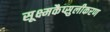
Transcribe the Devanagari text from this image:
सूक्ष्मकैप्सुलीकरण